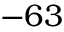
- 6 3